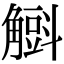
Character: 𧤰